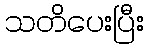
သတိပေးပြီး